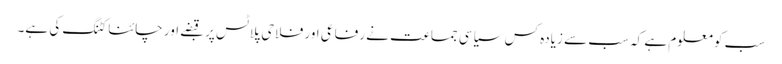
سب کو معلوم ہے کہ سب سے زیادہ کس سیاسی جماعت نے رفاعی اور فلاحی پلاٹس پر قبضے اور چائنا کٹنگ کی ہے۔